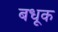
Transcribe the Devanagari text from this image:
बधूक